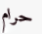
حرام